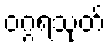
ဝဂ္ဂရသုတ်